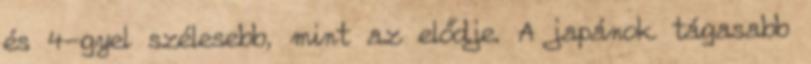
és 4-gyel szélesebb, mint az elődje. A japánok tágasabb